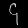
Digit: ၄